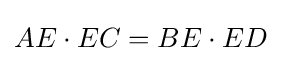
\displaystyle AE\cdot EC=BE\cdot ED